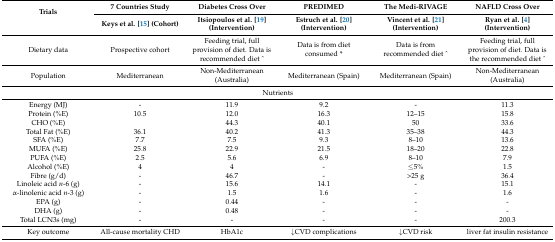
| <ROWSPAN=2> Trials | 7 Countries Study | Diabetes Cross Over | PREDIMED | The Medi-RIVAGE | NAFLD Cross Over |
 | Keys et al. [15] (Cohort) | Itsiopoulos et al. [19] (Intervention) | Estruch et al. [20] (Intervention) | Vincent et al. [21] (Intervention) | Ryan et al. [4] (Intervention) |
 | --- | --- | --- | --- | --- | --- |
 | Dietary data | Prospective cohort | Feeding trial, full provision of diet. Data is recommended diet ^ | Data is from diet consumed * | Data is from recommended diet ^ | Feeding trial, full provision of diet. Data is the recommended diet ^ |
 | Population | Mediterranean | Non-Mediterranean (Australia) | Mediterranean (Spain) | Mediterranean (Spain) | Non-Mediterranean (Australia) |
 | <COLSPAN=6> Nutrients |
 | Energy (MJ) | - | 11.9 | 9.2 | - | 11.3 |
 | Protein (%E) | 10.5 | 12.0 | 16.3 | 12–15 | 15.8 |
 | CHO (%E) |  | 44.3 | 40.1 | 50 | 33.6 |
 | Total Fat (%E) | 36.1 | 40.2 | 41.3 | 35–38 | 44.3 |
 | SFA (%E) | 7.7 | 7.5 | 9.3 | 8–10 | 13.6 |
 | MUFA (%E) | 25.8 | 22.9 | 21.5 | 18–20 | 22.8 |
 | PUFA (%E) | 2.5 | 5.6 | 6.9 | 8–10 | 7.9 |
 | Alcohol (%E) | 4 | 4 | - | ≤5% | 1.5 |
 | Fibre (g/d) | - | 46.7 | - | >25 g | 36.4 |
 | Linoleic acid n-6 (g) | - | 15.6 | 14.1 | - | 15.1 |
 | α-linolenic acid n-3 (g) | - | 1.5 | 1.6 | - | 1.6 |
 | EPA (g) | - | 0.44 | - | - | - |
 | DHA (g) | - | 0.48 | - | - | - |
 | Total LCN3s (mg) | - | - | - | - | 200.3 |
 | Key outcome | All-cause mortality CHD | HbA1c | ↓CVD complications | ↓CVD risk | liver fat insulin resistance |